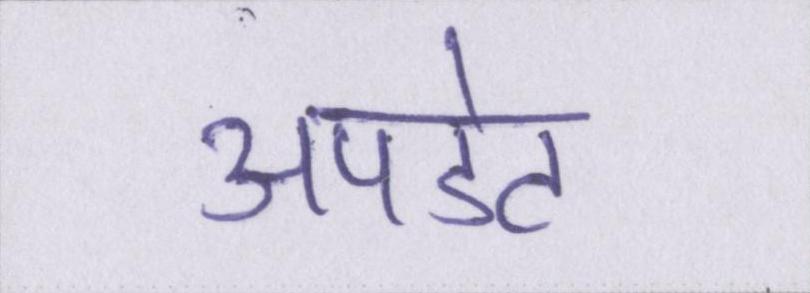
अपडेट